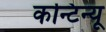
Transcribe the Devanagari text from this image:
कन्टिन्यू